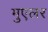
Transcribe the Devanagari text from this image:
मुएलर